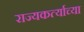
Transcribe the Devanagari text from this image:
राज्यकर्त्याच्या